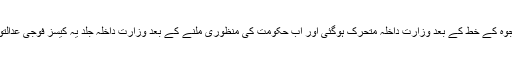
جنرل قمر جاوید باجوہ کے خط کے بعد وزارت داخلہ متحرک ہوگئی اور اب حکومت کی منظوری ملنے کے بعد وزارت داخلہ جلد یہ کیسز فوجی عدالتوں کو بھیج دے گی۔